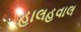
હાલહવાલ